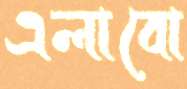
এলাবো